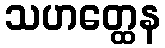
သဟတ္ထေန